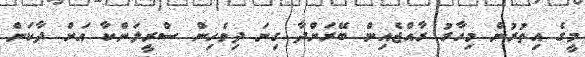
މީގެ އިތުރުން މިހާރު ރާއްޖެއިން ބޭރަށްދާ ގިނަ ދިވެހިން ސްރީލަންކާ އަށް ދާކަން